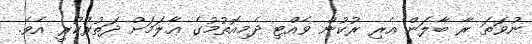
ނުވަތަ ރާ ބާލަން އެރި ރުކުން ވެއްޓި ދެމިއޮތުމުގެ ޢާލަމަށް ދަތުރުކުރީ އެވެ.